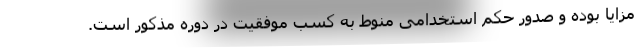
مزایا بوده و صدور حکم استخدامی منوط به کسب موفقیت در دوره مذکور است.